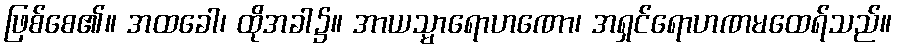
ဖြစ်စေ၏။ အထခေါ၊ ထိုအခါ၌။ အာယသ္မာရောဟဏော၊ အရှင်ရောဟဏမထေရ်သည်။